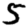
Digit: 5